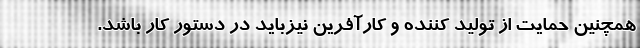
همچنین حمایت از تولید کننده و کارآفرین نیزباید در دستور کار باشد.